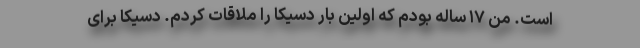
است. من ۱۷ ساله بودم که اولین بار دسیکا را ملاقات کردم. دسیکا برای